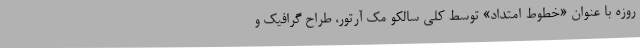
روزه با عنوان «خطوط امتداد» توسط کلی سالکو مک آرتور، طراح گرافیک و